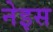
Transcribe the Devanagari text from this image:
नेइस